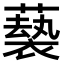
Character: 𫉵